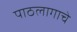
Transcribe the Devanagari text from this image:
पाठलागाचे